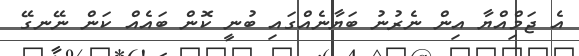
އެ ޖަމްިއްޔާ އިން ނެރުނު ބަޔާނެއްގައި ބުނީ ކޮން ބައެއް ކަން ނޭނގޭ